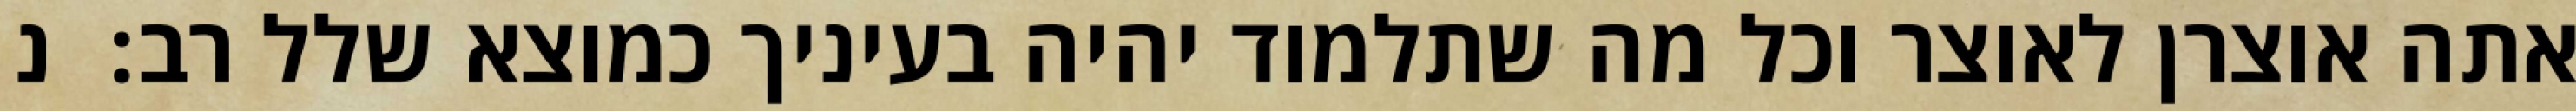
אתה אוצרן לאוצר וכל מה שתלמוד יהיה בעיניך כמוצא שלל רב:  נ